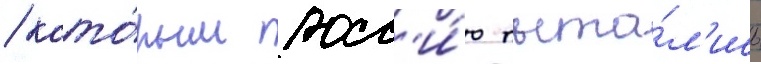
/ кото́рым росс'и́ю пыта́л'ись